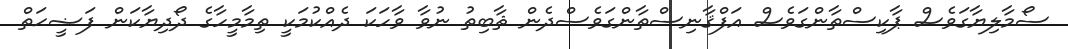
ސޯމާލިޔާގަވެސް ޕާކިސްތާންގަވެސް އަފްޤާނިސްތާންގަވެސްދެން ޘާބިތު ނުވާ ވާހަކަ ދެއްކުމަކީ ތިމާމީހާގެ ދޯދިޔާކަން ފަޟީޙަތް